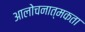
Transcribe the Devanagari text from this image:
आलोचनात्मकता